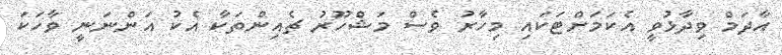
އާދަމް ވިދާޅުވީ އެކަމަށްޓަކައި މިހާރު ވެސް މަޝްހޫރު ޗެއިންތަކާ އެކު އަންނަނީ ވާހަކަ